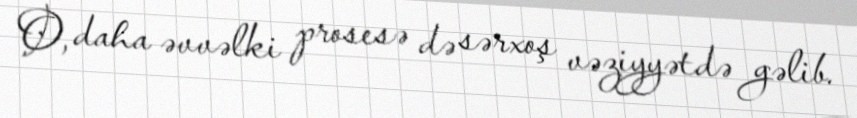
O, daha əvvəlki prosesə də sərxoş vəziyyətdə gəlib.